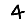
Digit: 4